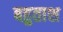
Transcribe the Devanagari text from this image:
बहुताश